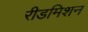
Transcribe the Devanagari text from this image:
रीडमिशन